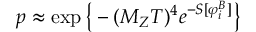
p \approx \exp \big \{ - ( M _ { Z } T ) ^ { 4 } e ^ { - S [ \varphi _ { i } ^ { B } ] } \big \}